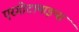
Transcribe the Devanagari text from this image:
एरगोटामाइन्स